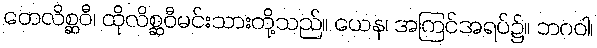
တေလိစ္ဆဝီ၊ ထိုလိစ္ဆဝီမင်းသားတို့သည်။ ယေန၊ အကြင်အရပ်၌။ ဘဂဝါ၊